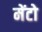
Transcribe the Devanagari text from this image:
मेंटो